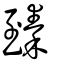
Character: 臻